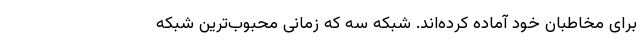
برای مخاطبان خود آماده کرده‌اند. شبکه سه که زمانی محبوب‌ترین شبکه